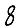
Digit: 8